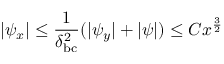
| \psi _ { x } | \leq \frac { 1 } { \delta _ { \mathrm { b c } } ^ { 2 } } ( | \psi _ { y } | + | \psi | ) \leq C x ^ { \frac { 3 } { 2 } }